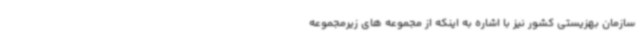
سازمان بهزیستی کشور نیز با اشاره به اینکه از مجموعه های زیرمجموعه